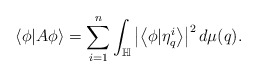
\begin{align*} \left\langle \phi|A\phi\right\rangle=\sum_{i=1}^{n}\int_{\mathbb{H}}\left|\left\langle \phi|\eta_{q}^{i}\right\rangle\right|^{2} d\mu(q). \end{align*}